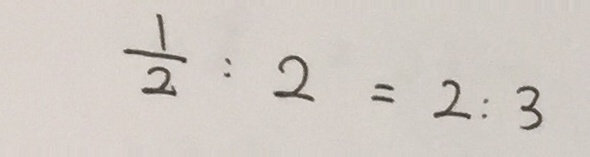
\frac { 1 } { 2 } : 2 = 2 : 3